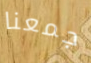
جمعنا